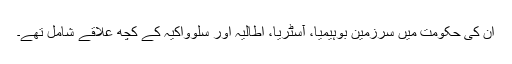
ان کی حکومت میں سرزمین بوہیمیا، آسٹریا، اطالیہ اور سلوواکیہ کے کچھ علاقے شامل تھے۔